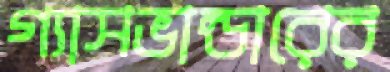
গ্যাসভান্ডারের